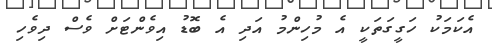
އެކަމަކު ހަގީގަތަކީ އެ މުހިންމު އަދި އެ ބޮޑު އިވެންޓަށް ވެސް ދިވެހި